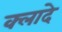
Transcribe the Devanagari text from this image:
क्लादे